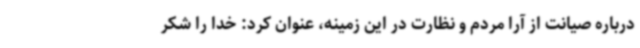
درباره صیانت از آرا مردم و نظارت در این زمینه، عنوان کرد: خدا را شکر